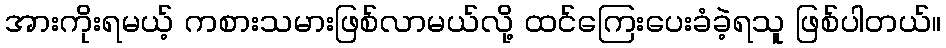
အားကိုးရမယ့် ကစားသမားဖြစ်လာမယ်လို့ ထင်ကြေးပေးခံခဲ့ရသူ ဖြစ်ပါတယ်။